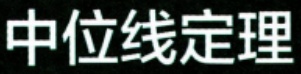
中位线定理